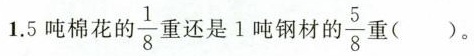
1.5吨棉花的\frac{1}{8}重还是1吨钢材的 \frac{5}{8} 重()。